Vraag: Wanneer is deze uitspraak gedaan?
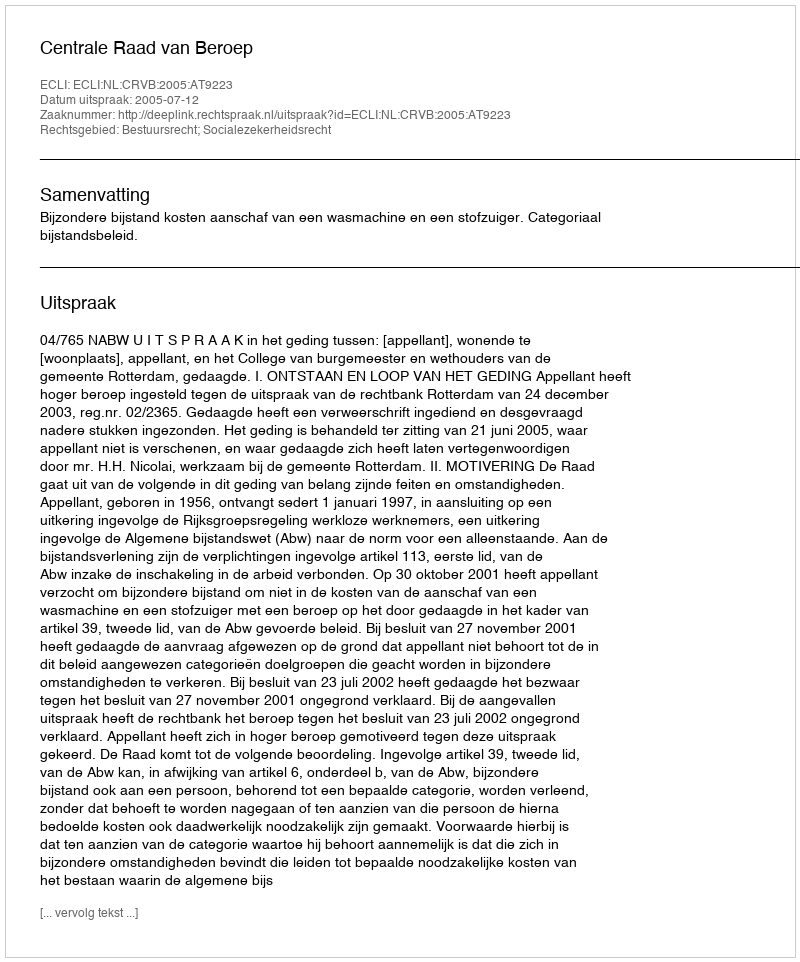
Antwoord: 2005-07-12